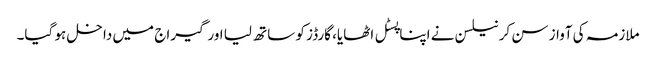
ملازمہ کی آواز سن کر نیلسن نے اپنا پسٹل اٹھایا، گارڈز کو ساتھ لیا اورگیراج میں داخل ہو گیا۔